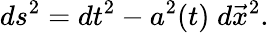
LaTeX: ds^{2}=dt^{2}-a^{2}(t)\; d\vec{x}^{2}.